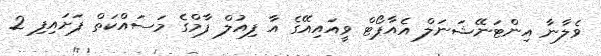
ވެލާނާ އިންޓަނޭޝަނަލް އެއާޕޯޓް ވީއައިއޭގެ އާ ފިއުލް ފާމްގެ މަސައްކަތް ފަށައިފި 2